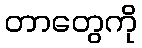
တာတွေကို